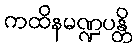
ကထိနမဏ္ဍပန္တိ